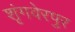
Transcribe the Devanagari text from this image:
शृंगवेरपुर